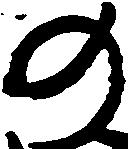
の